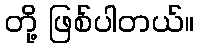
တို့ ဖြစ်ပါတယ်။